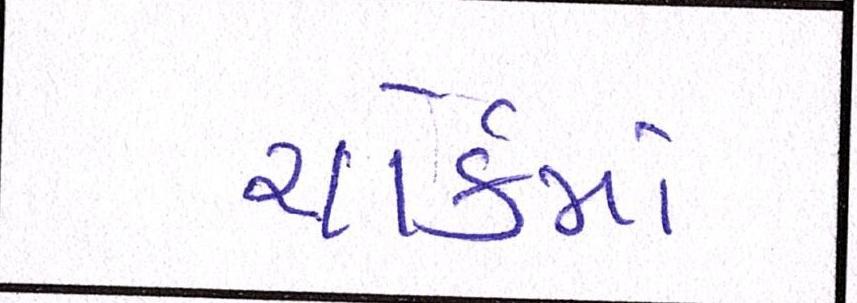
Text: યોર્કમાં